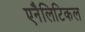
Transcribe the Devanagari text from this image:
एनैलिटिकल